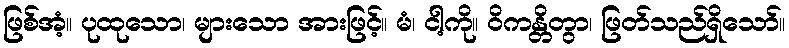
ဖြစ်အံ့။ ပုထုသော၊ များသော အားဖြင့်။ မံ၊ ငါ့ကို။ ဝိကန္တိတွာ၊ ဖြတ်သည်ရှိသော်။